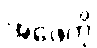
အဖေကို